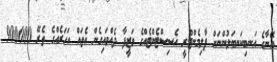
އޭނާގެ އަނބިކަނބަލުންނަށް ޕާލިމެންޓްރީ އެސިސްޓެންޓެއްގެ ވަޒީފާ ދެއްވައިގެން އެތައް އަހަރެއްގެ ތެރޭ 900000